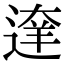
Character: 𨔶